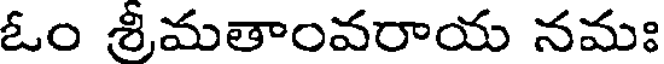
ఓం శ్రీమతాంవరాయ నమః